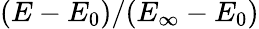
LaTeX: (E-E_{0})/(E_{\infty}-E_{0})